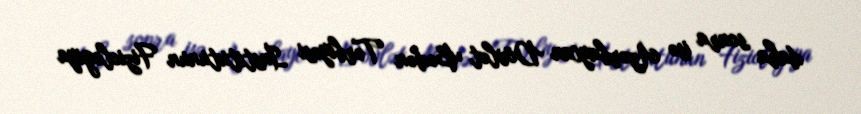
daha sonra isə Azərbaycan Dövlət Bədən Tərbiyəsi İnstitutunun Fiziologiya